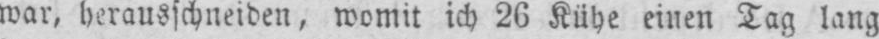
war, herausschneiden, womit ich 26 Kühe einen Tag lang